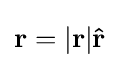
\mathbf {r} =|\mathbf {r} |\mathbf {\hat {r}}